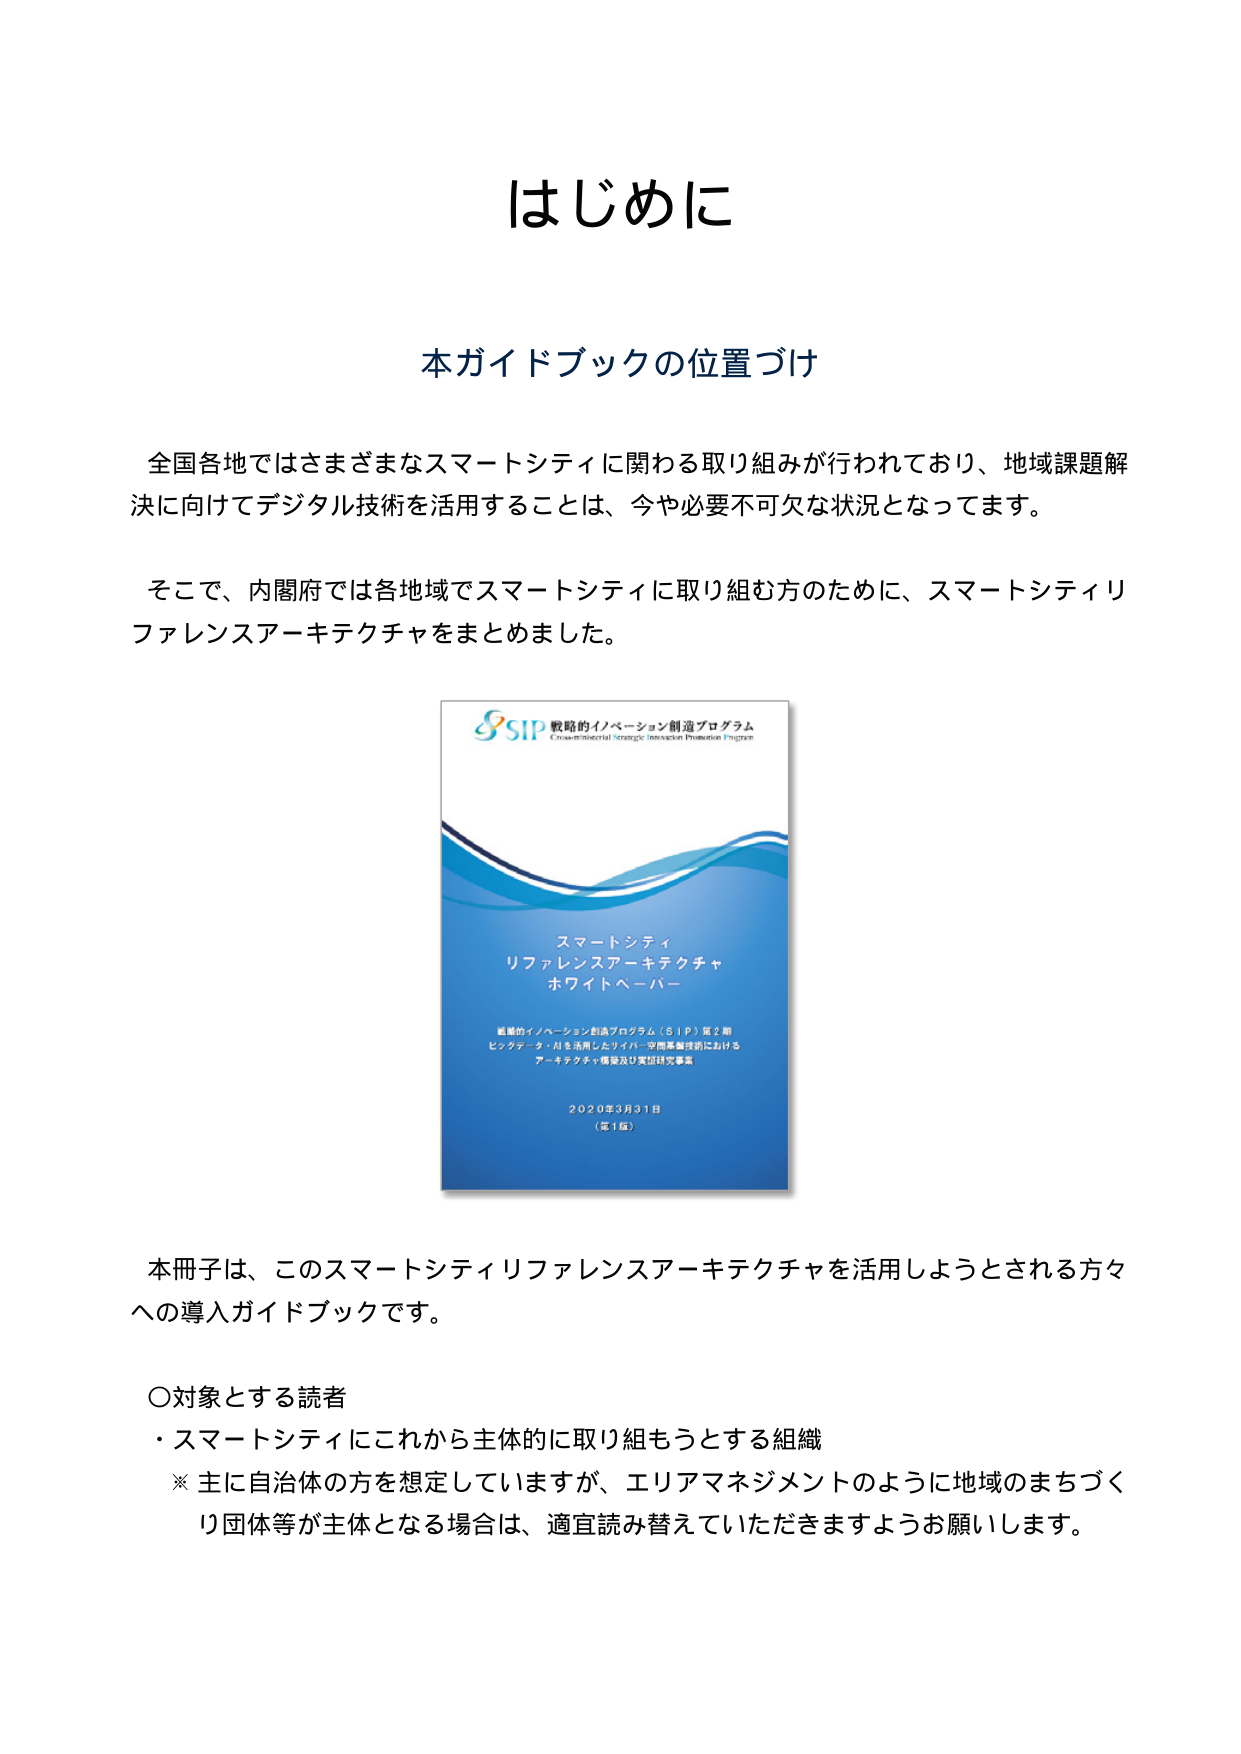
はじめに

本ガイドブックの位置づけ

全国各地ではさまざまなスマートシティに関わる取り組みが行われており、地域課題解決に向けてデジタル技術を活用することは、今や必要不可欠な状況となってます。

そこで、内閣府では各地域でスマートシティに取り組む方のために、スマートシティリファレンスアーキテクチャをまとめました。

SIP 戦略的イノベーション創造プログラム
Cross-ministerial Strategic Innovation Promotion Program

スマートシティ
リファレンスアーキテクチャ
ホワイトペーパー

戦略的イノベーション創造プログラム（SIP）第2期
ビッグデータ・AIを活用したサイバー空間基盤技術における
アーキテクチャ構築及び実証研究事業

2020年3月31日
（第1版）

本冊子は、このスマートシティリファレンスアーキテクチャを活用しようとする方々への導入ガイドブックです。

〇対象とする読者
・スマートシティにこれから主体的に取り組もうとする組織
※主に自治体の方を想定していますが、エリアマネジメントのように地域のまちづくり団体等が主体となる場合は、適宜読み替えていただきますようお願いします。